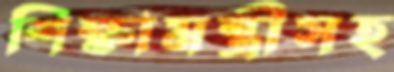
শিক্ষামন্ত্রীসহ